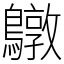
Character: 鷻